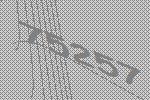
75257